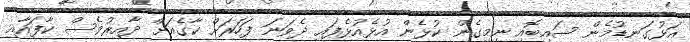
އަޅުގަނޑުމެން ސައިބޮއި ނިމިގެން ކުޅެން އުޅެއުޅެފައި ދެވަނަ ފަހަރަށް ކާގެއަށް ދާއިރުވެސް ކާފައާއި